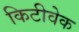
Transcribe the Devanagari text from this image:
किटीवेक